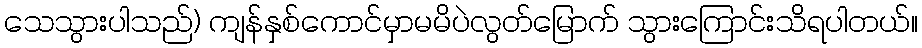
သေသွားပါသည်) ကျန်နှစ်ကောင်မှာမမိပဲလွတ်မြောက် သွားကြောင်းသိရပါတယ်။